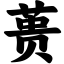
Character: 蒉